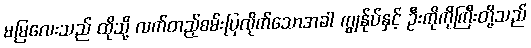
မမြလေးသည် ထိုသို့ လက်တည့်စမ်းပြလိုက်သောအခါ ကျွန်ုပ်နှင့် ဦးကိုကိုကြီးတို့သည်